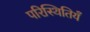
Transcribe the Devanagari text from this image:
परिस्थितियँ